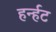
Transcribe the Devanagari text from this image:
हर्न्हट